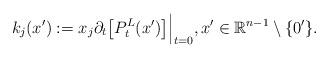
LaTeX: \begin{align*}k_j(x'):=x_j\partial_t\big[P^L_t(x')\big]\Big|_{t=0},x'\in{\mathbb{R}}^{n-1}\setminus\{0'\}.\end{align*}